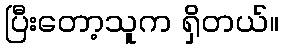
ပြီးတော့သူက ရှိတယ်။